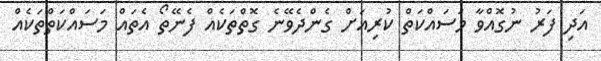
އަދި ފަރު ނުގޮއްވާ މަސައްކަތް ކުރިއަށް ގެންދެވޭނެ ގޮތްތަކެއް ފެނޭތޯ އެތައް މަސައްކަތްތަކެއް